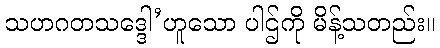
သဟဂတသဒ္ဒေါ’ဟူသော ပါဌ်ကို မိန့်သတည်း။